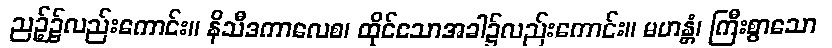
ညဉ့်၌လည်းကောင်း။ နိသီဒကာလေစ၊ ထိုင်သောအခါ၌လည်းကောင်း။ မဟန္တံ၊ ကြီးစွာသော